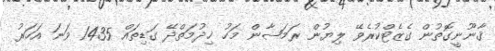
ޤާނޫނީގޮތުން ގެޒެޓްކުރެވޭ ލިޔުން ރަމަޟާން މަހު ޚިދުމަތްދޭ ގަޑިތައް 1435 ވަނަ އަހަރު